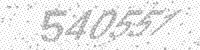
Solution: 540551